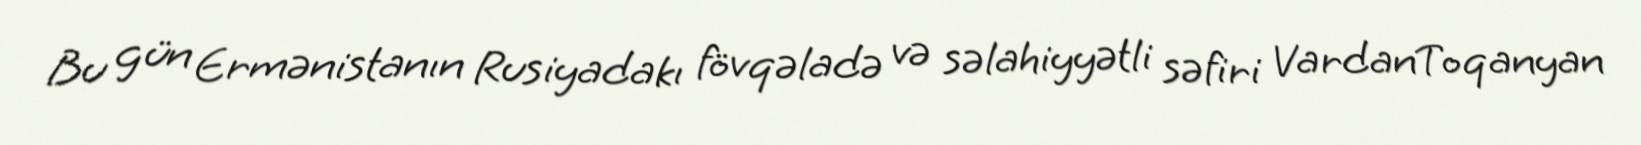
Bu gün Ermənistanın Rusiyadakı fövqəladə və səlahiyyətli səfiri VardanToqanyan